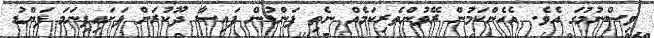
ވިސްނުމުގަ އެވެ. އެހެންކަމުން ރޭވުންތެރިކަމެއް ނެތި ފަންޑުން ފައިސާ ދޫކުރަން ފަށައިފިނަމަ ފަންޑު